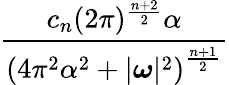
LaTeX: \frac{c_{n}(2\pi)^{\frac{n+2}{2}}\alpha}{\left(4\pi^{2}\alpha^{2}+|{\boldsymbol{\omega}}|^{2}\right)^{\frac{n+1}{2}}}